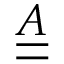
\underline { { \underline { { A } } } }